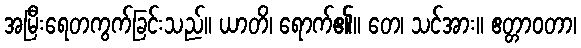
အမြီးရေတကွက်ခြင်းသည်။ ယာတိ၊ ရောက်၏။ တေ၊ သင်အား။ ဧတ္တာဝတာ၊